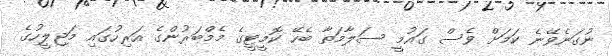
ނުގަނެވޭނެ ކަމަށް ވެސް ގައުމީ ސަލާމަތާ ބެހޭ ކޮމީޓީގެ މެމްބަރުންގެ އަރިހުގައި މަޖިލީހުގެ